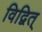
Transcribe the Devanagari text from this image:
विद्वित्